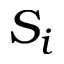
S _ { i }